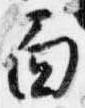
面